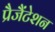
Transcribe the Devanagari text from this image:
प्रैजैंटेशन